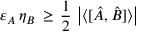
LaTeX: \varepsilon _ { A } \, \eta _ { B } \, \geq \, { \frac { 1 } { 2 } } \, \left| \langle [ { \hat { A } } , { \hat { B } } ] \rangle \right|